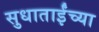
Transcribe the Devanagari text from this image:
सुधाताईंच्या